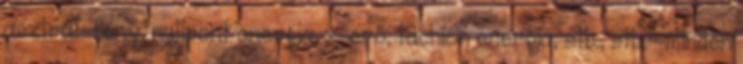
asztrál-fény, nullpont energia, x-erő, tachion energia, stb., stb. -minden